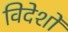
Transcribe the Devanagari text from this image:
विदेशोँ